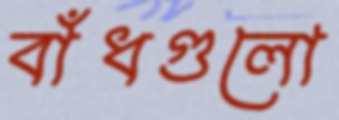
বাঁধগুলো